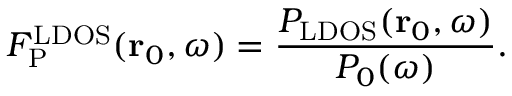
F _ { \mathrm { P } } ^ { \mathrm { L D O S } } ( \mathbf { r } _ { 0 } , \omega ) = \frac { P _ { \mathrm { L D O S } } ( \mathbf { r } _ { 0 } , \omega ) } { P _ { 0 } ( { \omega } ) } .